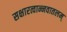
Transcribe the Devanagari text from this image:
सक्षारत्वान्नवातलम्